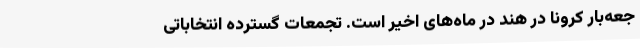
جعه‌بار کرونا در هند در ماه‌های اخیر است. تجمعات گسترده انتخاباتی